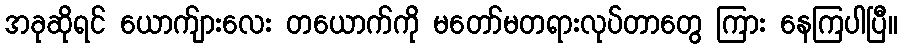
အခုဆိုရင် ယောက်ျားလေး တယောက်ကို မတော်မတရားလုပ်တာတွေ ကြား နေကြပါပြီ။